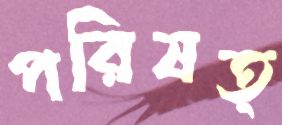
পরিষত্